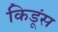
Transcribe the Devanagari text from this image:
किडूंस